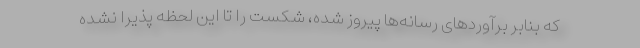
که بنابر برآوردهای رسانه‌ها پیروز شده، شکست را تا این لحظه پذیرا نشده